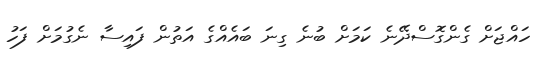
ހައްޖަށް ގެންގޮސްދޭނެ ކަމަށް ބުނެ ގިނަ ބައެއްގެ އަތުން ފައިސާ ނެގުމަށް ފަހު